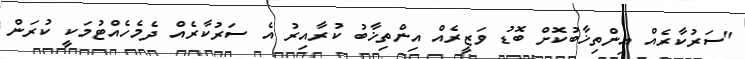
"ސަރުކާރެއް އިންތިޚާބުކޮށް ބޮޑު ވަޒީރެއް އިންތިޚާބު ކުރާއިރު އެ ސަރުކާރެއް ދެމެހެއްޓުމަކީ ކުރަން